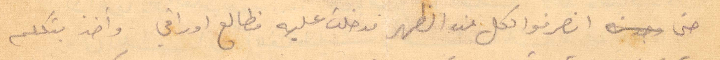
حتى انصرفوا الكل عند الظهر فدخلت عليه فطاله اوراقي واخذ يتكلم